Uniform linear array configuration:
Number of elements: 24
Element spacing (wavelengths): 1
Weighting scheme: cosine
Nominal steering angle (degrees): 60
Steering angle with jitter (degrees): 61.019
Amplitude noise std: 0.05
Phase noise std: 0.05

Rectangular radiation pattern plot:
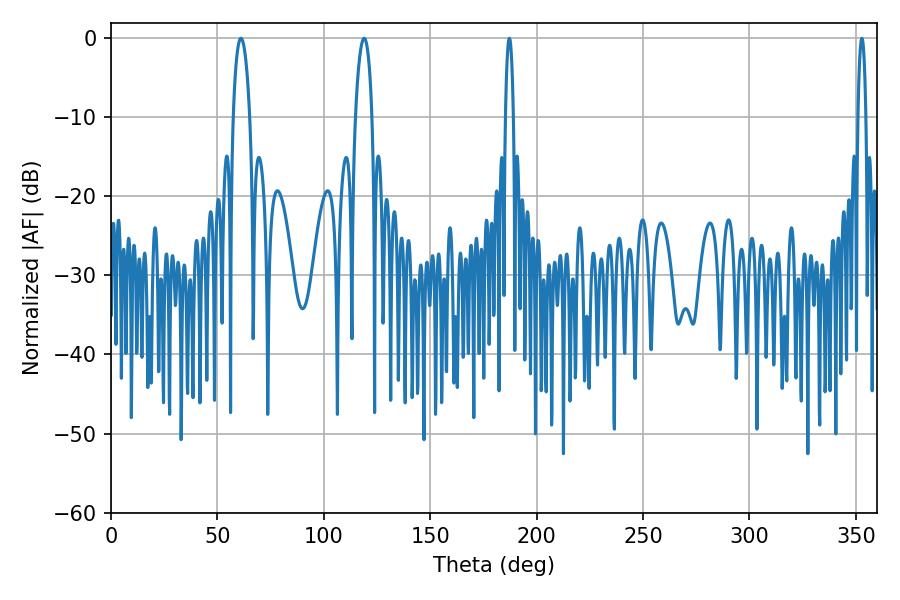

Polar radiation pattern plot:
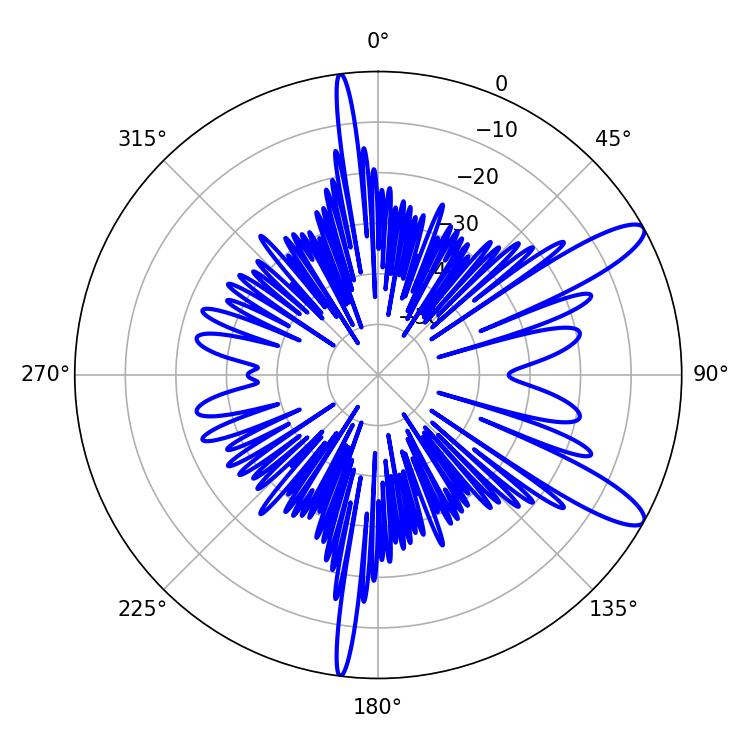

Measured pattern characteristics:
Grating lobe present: TRUE
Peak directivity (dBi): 11.566
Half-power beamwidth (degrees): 4.5
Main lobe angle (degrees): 61.02